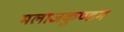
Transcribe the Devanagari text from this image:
मलाजकुण्डम